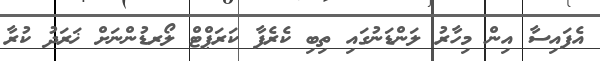
އެފައިސާ އިން މިހާރު ލަންޑަނުގައި ތިބި ކެރެފާ ކަރަޕްޓް ލޯރޑުންނަށް ޚަރަދު ކުރާ